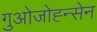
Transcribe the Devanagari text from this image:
गुओजोह्न्सेन